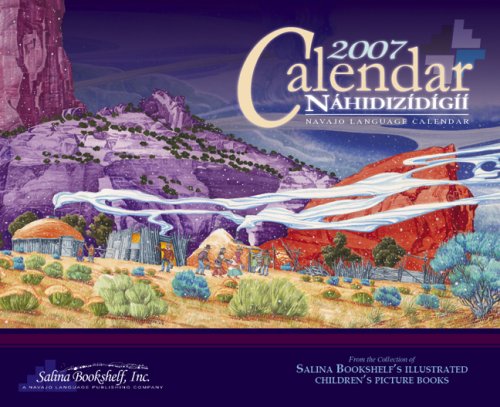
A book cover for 2007 Bilingual Calendar; Calendars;